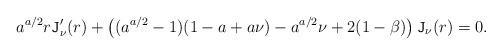
LaTeX: \begin{align*}a^{a/2} r \mathtt{J}_\nu'(r) + \left( (a^{a/2}-1)(1-a+a\nu) -a^{a/2} \nu+2(1-\beta)\right)\mathtt{J}_\nu(r)=0.\end{align*}